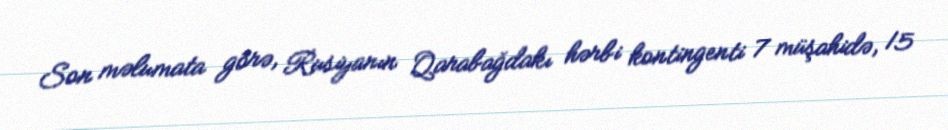
Son məlumata görə, Rusiyanın Qarabağdakı hərbi kontingenti 7 müşahidə, 15